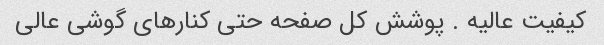
کیفیت عالیه . پوشش کل صفحه حتی کنارهای گوشی عالی